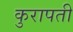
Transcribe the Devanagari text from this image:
कुरापती